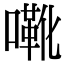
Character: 㗾